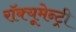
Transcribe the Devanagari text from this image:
रॉक्यूमेन्ट्री